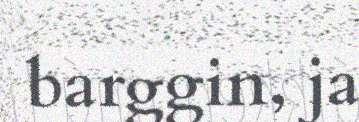
barggin, ja